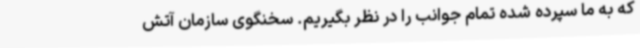
که به ما سپرده شده تمام جوانب را در نظر بگیریم. سخنگوی سازمان آتش